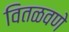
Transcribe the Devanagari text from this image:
वितळवणे